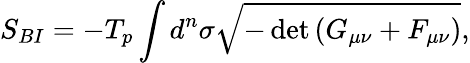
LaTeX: S_{BI}=-T_{p}\int d^{n}\sigma\sqrt{-\operatorname*{det}{\left(G_{\mu\nu}+F_{\mu\nu}\right)}},